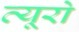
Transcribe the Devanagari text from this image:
व्‍यूरो